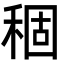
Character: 稒